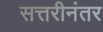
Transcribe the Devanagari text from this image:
सत्तरीनंतर